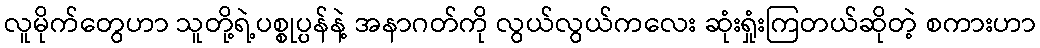
လူမိုက်တွေဟာ သူတို့ရဲ့ပစ္စုပ္ပန်နဲ့ အနာဂတ်ကို လွယ်လွယ်ကလေး ဆုံးရှုံးကြတယ်ဆိုတဲ့ စကားဟာ